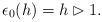
\begin{gather*}{\epsilon_0}(h)=h\rhd1.\end{gather*}